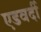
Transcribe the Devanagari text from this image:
एडवर्दी